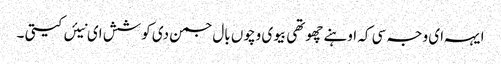
ایہہ ای وجہ سی کہ اوہنے چھوتھی بیوی وچوں بال جمن دی کوشش ای نیئں کیتی ۔